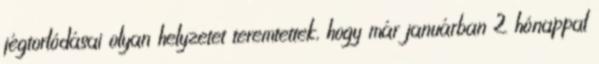
jégtorlódásai olyan helyzetet teremtettek, hogy már januárban 2 hónappal